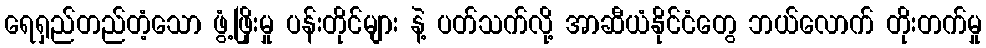
ရေရှည်တည်တံ့သော ဖွံ့ဖြိုးမှု ပန်းတိုင်များ နဲ့ ပတ်သက်လို့ အာဆီယံနိုင်ငံတွေ ဘယ်လောက် တိုးတက်မှု